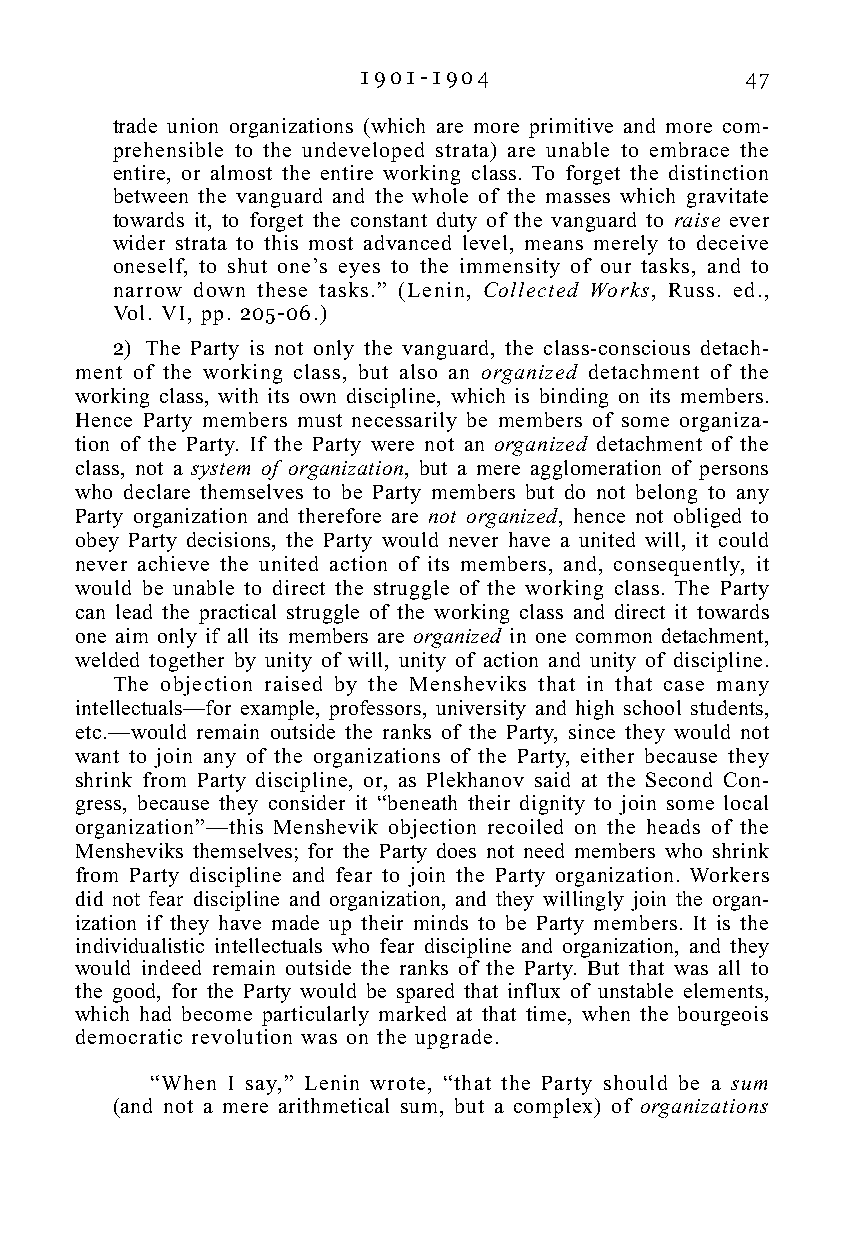
1 9 0 1 - 1 9 0 4        47
 trade union organizations (which are more primitive and more com-
 prehensible to the undeveloped strata) are unable to embrace the
 entire, or almost the entire working class. To forget the distinction
 between the vanguard and the whole of the masses which gravitate
 towards it, to forget the constant duty of the vanguard to raise ever
 wider strata to this most advanced level, means merely to deceive
 oneself, to shut one’s eyes to the immensity of our tasks, and to
 narrow down these tasks.” (Lenin, Collected Works, Russ. ed.,
 Vol. VI, pp. 205-06.)
 2) The Party is not only the vanguard, the class-conscious detach-
 ment of the working class, but also an organized detachment of the
 working class, with its own discipline, which is binding on its members.
 Hence Party members must necessarily be members of some organiza-
 tion of the Party. If the Party were not an organized detachment of the
 class, not a system of organization, but a mere agglomeration of persons
 who declare themselves to be Party members but do not belong to any
 Party organization and therefore are not organized, hence not obliged to
 obey Party decisions, the Party would never have a united will, it could
 never achieve the united action of its members, and, consequently, it
 would be unable to direct the struggle of the working class. The Party
 can lead the practical struggle of the working class and direct it towards
 one aim only if all its members are organized in one common detachment,
 welded together by unity of will, unity of action and unity of discipline.
 The objection raised by the Mensheviks that in that case many
 intellectuals—for example, professors, university and high school students,
 etc.—would remain outside the ranks of the Party, since they would not
 want to join any of the organizations of the Party, either because they
 shrink from Party discipline, or, as Plekhanov said at the Second Con-
 gress, because they consider it “beneath their dignity to join some local
 organization”—this Menshevik objection recoiled on the heads of the
 Mensheviks themselves; for the Party does not need members who shrink
 from Party discipline and fear to join the Party organization. Workers
 did not fear discipline and organization, and they willingly join the organ-
 ization if they have made up their minds to be Party members. It is the
 individualistic intellectuals who fear discipline and organization, and they
 would indeed remain outside the ranks of the Party. But that was all to
 the good, for the Party would be spared that influx of unstable elements,
 which had become particularly marked at that time, when the bourgeois
 democratic revolution was on the upgrade.
 “When I say,” Lenin wrote, “that the Party should be a sum
 (and not a mere arithmetical sum, but a complex) of organizations